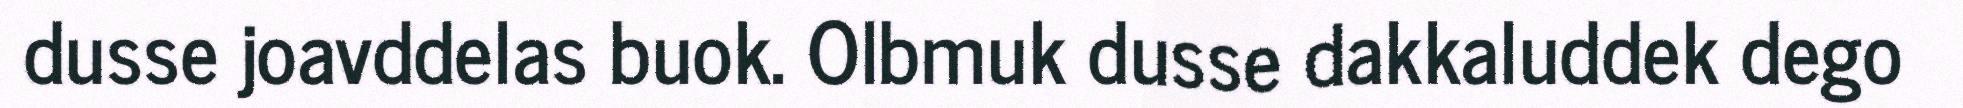
dusse joavddelas buok. Olbmuk dusse dakkaluddek dego